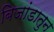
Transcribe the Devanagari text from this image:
बिजांडातुन